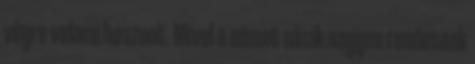
végre valami hasznot. Mivel a német nácik nagyon rendesenk